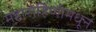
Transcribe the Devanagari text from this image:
महारोहिणीमधून